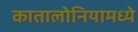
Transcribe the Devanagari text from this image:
कातालोनियामध्ये